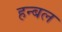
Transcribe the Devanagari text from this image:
हन्बल